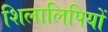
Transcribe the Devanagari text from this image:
शिलालिपियों